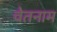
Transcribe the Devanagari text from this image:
वेतनाम